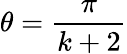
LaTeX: \theta={\frac{\pi}{k+2}}